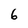
Character: 6